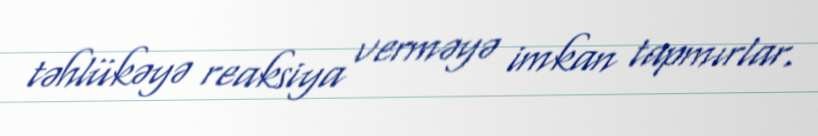
təhlükəyə reaksiya verməyə imkan tapmırlar.